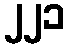
၂၂၁